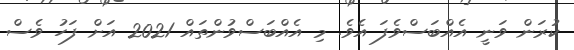
ކުރަން ވަނީ އެއްބަސްވެފަ އެވެ. މި އެއްބަސްވުންތައް 2021 އަށް ފަހު ވެސް